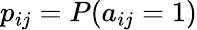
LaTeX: p_{ij}=P(a_{ij}=1)